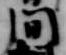
間